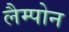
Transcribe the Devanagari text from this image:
लैम्पोन